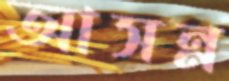
আসন্ন